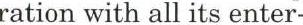
ration with all its enter-